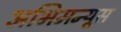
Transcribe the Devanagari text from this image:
अभिमन्यूस